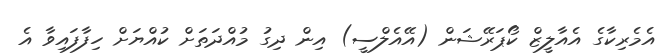
އެމެރިކާގެ އެއާލީޒް ކޯޕަރޭޝަން (އޭއެލްސީ) އިން ދިގު މުއްދަތަށް ކުއްޔަށް ހިފާފައިވާ އެ